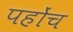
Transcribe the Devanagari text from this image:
पहोंच